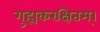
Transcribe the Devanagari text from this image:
गुह्यकरक्षितम्।